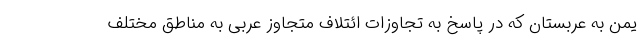
یمن به عربستان که در پاسخ به تجاوزات ائتلاف متجاوز عربی به مناطق مختلف